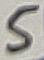
Text: 5